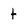
Character: t